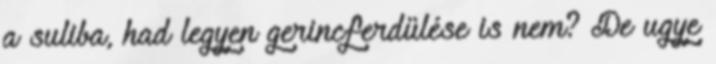
a suliba, had legyen gerincferdülése is nem? De ugye